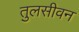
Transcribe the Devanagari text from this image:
तुलसीवन